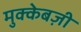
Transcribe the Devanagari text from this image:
मुक्केबज़ी